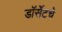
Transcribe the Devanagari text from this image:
डॉर्सेटचे